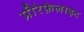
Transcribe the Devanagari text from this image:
प्रीरेफ़ेलाइट